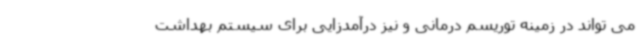
می تواند در زمینه توریسم درمانی و نیز درآمدزایی برای سیستم بهداشت